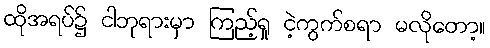
ထိုအရပ်၌ ငါဘုရားမှာ ကြည့်ရှု ငဲ့ကွက်စရာ မလိုတော့။